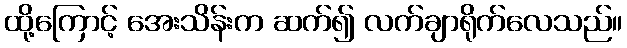
ထို့ကြောင့် အေးသိန်းက ဆက်၍ လက်ချာရိုက်လေသည်။